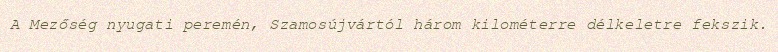
A Mezőség nyugati peremén, Szamosújvártól három kilométerre délkeletre fekszik.